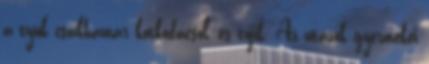
a tyúk csakhamar kotkodácsol, és tojik. Az utazók gyermekei